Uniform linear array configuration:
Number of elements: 64
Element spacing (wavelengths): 0.5
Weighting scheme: uniform
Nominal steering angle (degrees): -60
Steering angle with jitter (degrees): -59.687
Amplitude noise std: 0.05
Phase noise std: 0.05

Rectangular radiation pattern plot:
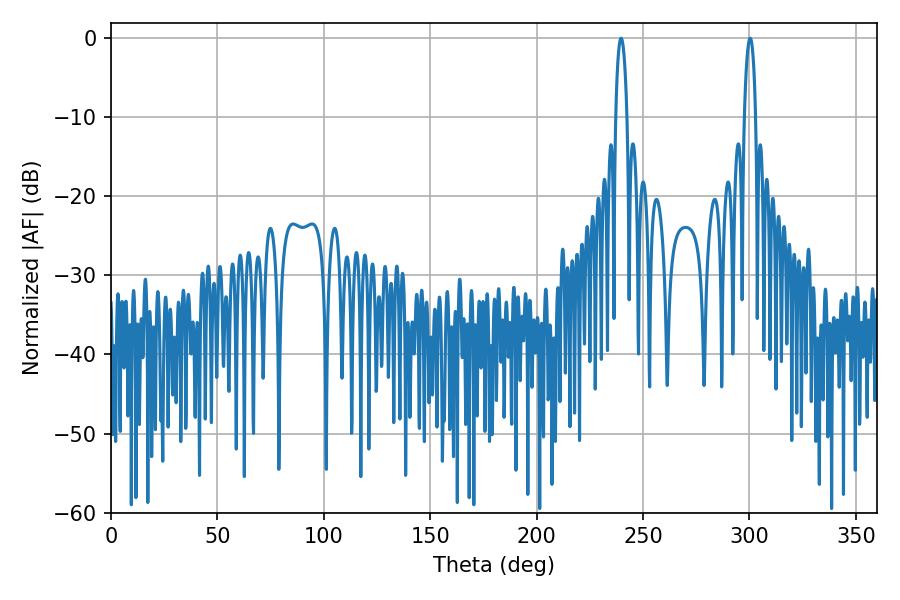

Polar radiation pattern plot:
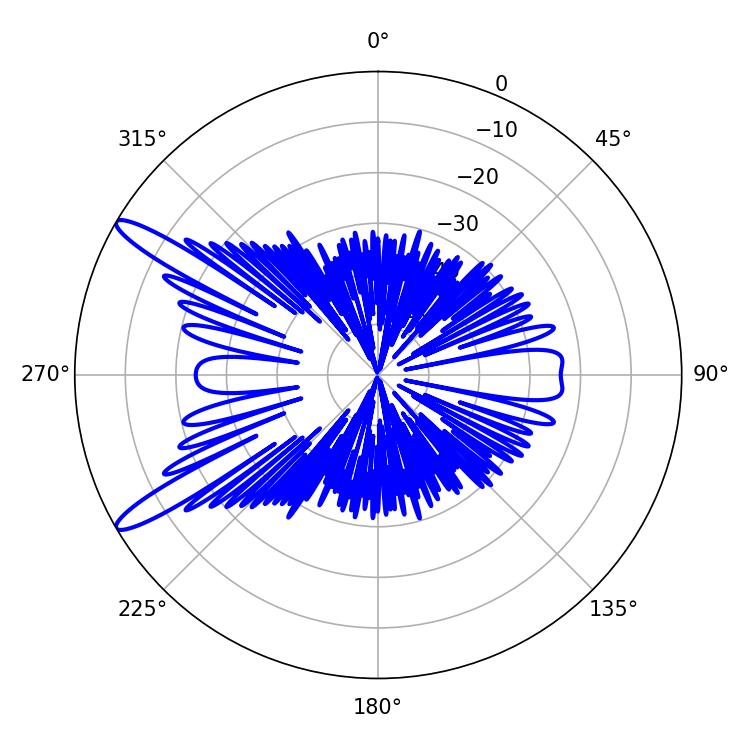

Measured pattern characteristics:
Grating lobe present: FALSE
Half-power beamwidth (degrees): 3.06
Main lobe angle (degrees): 239.76